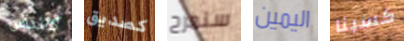
كانداس كصديق سنمرح اليمين كسبنا